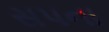
સપના